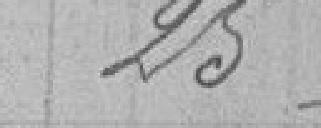
25